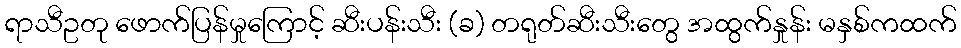
ရာသီဥတု ဖောက်ပြန်မှုကြောင့် ဆီးပန်းသီး (ခ) တရုတ်ဆီးသီးတွေ အထွက်နှုန်း မနှစ်ကထက်